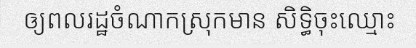
ឲ្យពលរដ្ឋចំណាកស្រុកមាន សិទ្ធិចុះឈ្មោះ